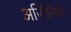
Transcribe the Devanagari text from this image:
अर्सिनियो